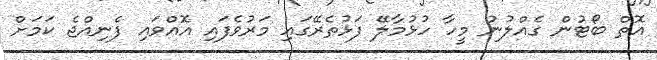
އޮތް ބޯޓުން ގެއްލުނު މީހާ ހުޅުމާލޭ ފަޅުތެރޭގައި މަރުވެފައި އޮއްވައި ފެނިއްޖެ ކަމަށް